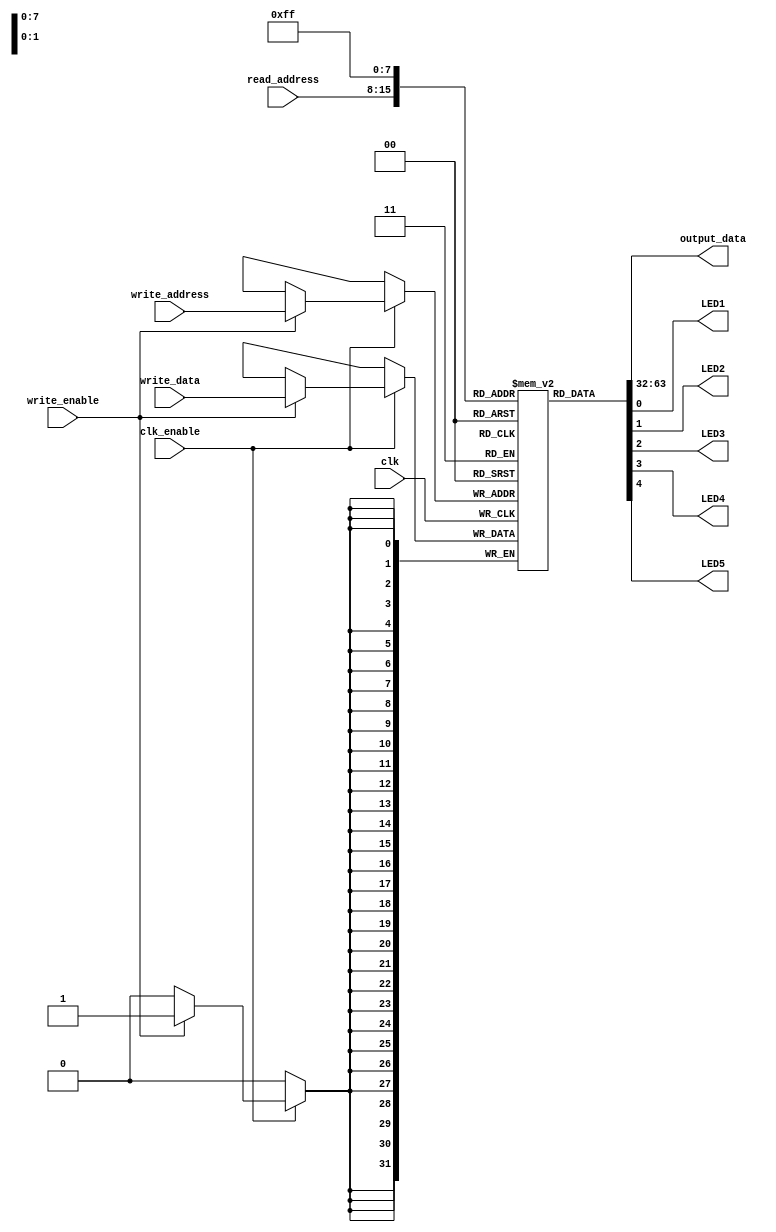
`default_nettype none

// The last address (8'b11111111) is for I/O
module icemem(
  input wire clk,
  input wire clk_enable,
  input wire [7:0] read_address,
  input wire [7:0] write_address,
  input wire [31:0] write_data,
  input wire write_enable,
  output wire [31:0] output_data,
  output wire LED1,
  output wire LED2,
  output wire LED3,
  output wire LED4,
  output wire LED5
);
  reg [31:0] data[0:255];

  integer i;
  initial begin
    for (i=0; i<255; i=i+1)
      data[i] <= 0;
    // data[255] <= 32'h0000001F;
  end

  assign output_data = data[read_address];

  assign LED1 = data[8'b11111111][0];
  assign LED2 = data[8'b11111111][1];
  assign LED3 = data[8'b11111111][2];
  assign LED4 = data[8'b11111111][3];
  assign LED5 = data[8'b11111111][4];

  always @(posedge clk) begin
    if (clk_enable) begin
      if (write_enable)
        data[write_address] <= write_data;
    end
  end
endmodule